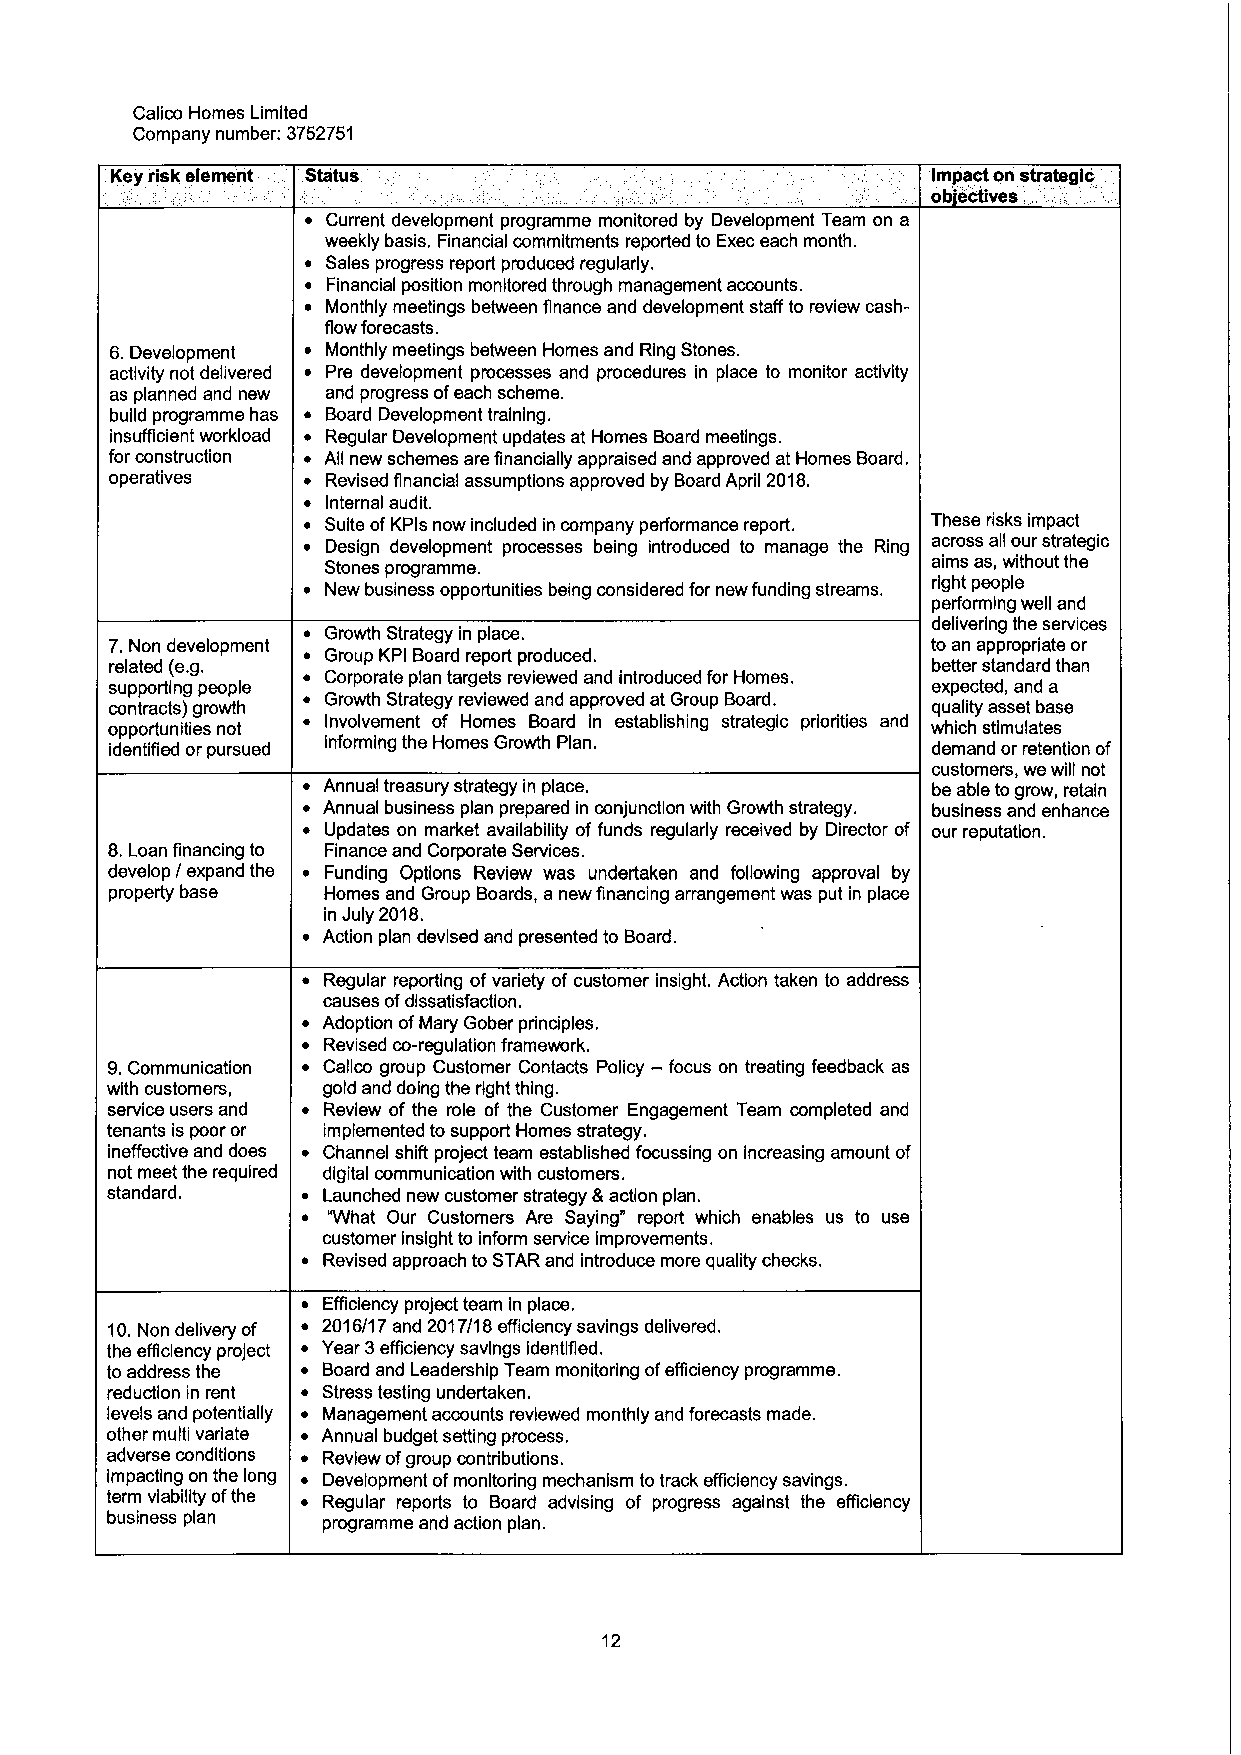
Calico Homes Limited
 Company number: 3752751
 Key risk element Status                                Impact on strategic
 ob ectives,
 Current development programme monitored by Development Team on a
 weekly basis. Financial commitments reported to Execeach month.
 Sales progress report produced regularly.
 Financial position monitored through management accounts.
 Monthly meetings between finance and development staff to review cash-
 flow forecasts.
 6.Development  Monthly meetings between Homes and Ring Stones.
 activity not delivered Pre development processes and procedures in place to monitor activity
 as planned and new and progress ofeach scheme.
 build programme has Board Development training.
 insufficient workload Regular Development updates at Homes Board meetings.
 for construction All new schemes are financially appraised and approved at Homes Board.
 operatives     Revised financial assumptions approved by Board April 2018.
 Internal audit.
 Suite ofKPls now included in company performance report. These risks impact
 Design development processes being introduced to manage the Ring across all our strategic
 Stones programme.                        aims as, without the
 New business opportunities being considered for new funding streams. right people
 performing well and
 delivering the services
 Growth Strategy in place.
 7, Non development                                     to an appropriate or
 Group KPI Board report produced.
 related (e.g.                                          better standard than
 supporting people Corporate plan targets reviewed and introduced for Homes. expected, and a
 contracts) growth Growth Strategy reviewed and approved at Group Board. quality asset base
 opportunities not Involvement of Homes Board in establishing strategic priorities and which stimulates
 identNed or pursued informing the Homes Growth Plan.   demand or retention of
 customers, we vill not
 Annual treasury strategy in place.       be able togrow, retain
 Annual business plan prepared in conjunction with Growth strategy. business and enhance
 Updates on market availability of funds regularly received by Director of our reputatlon.
 8.Loan financing to Finance and Corporate Services.
 develop / expand the Funding Options Review was undertaken and following approval by
 property base Homes and Group Boards, a new financing arrangement was put in place
 in July 2018.
 Action plan devised and presented to Board.
 Regular reporting ofvariety of customer insight. Action taken to address
 causes ofdissatisfaction.
 Adoption ofMary Gober principles.
 Revised co-regulation framework.
 9.Communication Calico group Customer Contacts Policy —focus on treating feedback as
 with customers, gold and doing the right thing.
 service users and Review of the role of the Customer Engagement Team completed and
 tenants is poor or implemented to support Homes strategy.
 ineffective and does Channel shift project team established focussing on increasing amount of
 not meet the required digital communication with customers.
 standard.     Launched new customer strategy 8 action plan.
 "What Our Customers Are Saying" report which enables us to use
 customer insight to inform service improvements.
 Revised approach to STAR and introduce more quality checks.
 Efficienc project team in place.
 10.Non delivery of 2016/17and 2017/18efficienc savings delivered.
 the eNclency project Year 3efffciency savings identified.
 toaddress the Board and Leadership Team monitoring ofefficiency programme.
 reduction in rent Stress testing undertaken.
 levels and potentially Management accounts reviewed monthly and forecasts made.
 other multi variate Annual budget setting process.
 adverse conditions Review ofgroup contributions.
 impacting on the long Development ofmonitoring mechanism to track eNclency savings.
 term viability ofthe Regular reports to Board advising of progress against the eNciency
 business plan programme and action plan.
 12